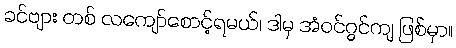
ခင်ဗျား တစ် လကျော်စောင့်ရမယ်၊ ဒါမှ အံဝင်ဂွင်ကျ ဖြစ်မှာ။